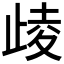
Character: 𣥻